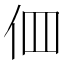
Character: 𠇻